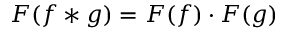
F ( f * g ) = F ( f ) \cdot F ( g )